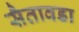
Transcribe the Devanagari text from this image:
सैतावडा